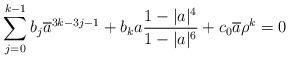
LaTeX: \begin{align*}\sum_{j=0}^{k-1}b_j\overline{a}^{3k-3j-1}+b_ka\frac{1-|a|^4}{1-|a|^6}+c_0\overline{a}\rho^k=0\end{align*}